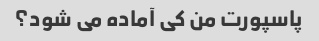
پاسپورت من کی آماده می شود؟